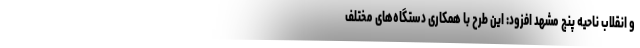
و انقلاب ناحیه پنج مشهد افزود: این طرح با همکاری دستگاه‌های مختلف